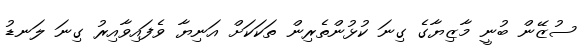
ސުޒޭން ބުނީ މާޒިޔާގެ ގިނަ ކުޅުންތެރިން ތަކަކަށް އަނިޔާ ވެފައިވާއިރު ގިނަ ލަނޑު